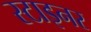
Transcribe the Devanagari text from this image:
स्टाइनर